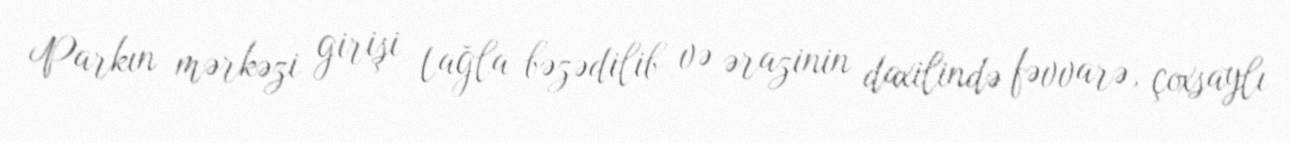
Parkın mərkəzi girişi tağla bəzədilib və ərazinin daxilində fəvvarə, çoxsaylı